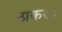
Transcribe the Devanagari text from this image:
ठाकर।